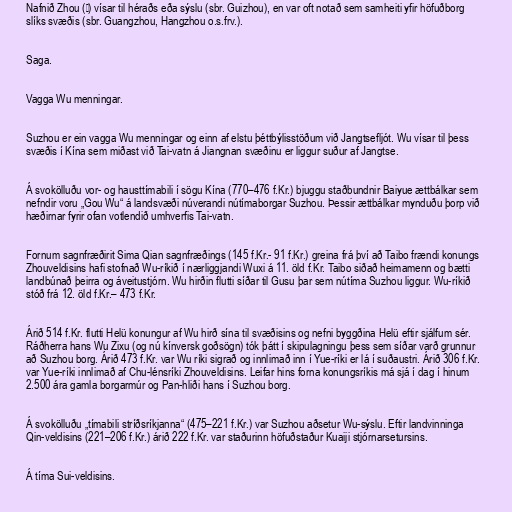
Nafnið Zhou (州) vísar til héraðs eða sýslu (sbr. Guizhou), en var oft notað sem samheiti yfir höfuðborg
slíks svæðis (sbr. Guangzhou, Hangzhou o.s.frv.).

Saga.

Vagga Wu menningar.

Suzhou er ein vagga Wu menningar og einn af elstu þéttbýlisstöðum við Jangtsefljót. Wu vísar til þess
svæðis í Kína sem miðast við Tai-vatn á Jiangnan svæðinu er liggur suður af Jangtse.

Á svokölluðu vor- og hausttímabili í sögu Kína (770–476 f.Kr.) bjuggu staðbundnir Baiyue ættbálkar sem
nefndir voru „Gou Wu“ á landsvæði núverandi nútímaborgar Suzhou. Þessir ættbálkar mynduðu þorp við
hæðirnar fyrir ofan votlendið umhverfis Tai-vatn.

Fornum sagnfræðirit Sima Qian sagnfræðings (145 f.Kr.- 91 f.Kr.) greina frá því að Taibo frændi konungs
Zhouveldisins hafi stofnað Wu-ríkið í nærliggjandi Wuxi á 11. öld f.Kr. Taibo siðað heimamenn og bætti
landbúnað þeirra og áveitustjórn. Wu hirðin flutti síðar til Gusu þar sem nútíma Suzhou liggur. Wu-ríkið
stóð frá 12. öld f.Kr.– 473 f.Kr.

Árið 514 f.Kr. flutti Helü konungur af Wu hirð sína til svæðisins og nefni byggðina Helü eftir sjálfum sér.
Ráðherra hans Wu Zixu (og nú kínversk goðsögn) tók þátt í skipulagningu þess sem síðar varð grunnur
að Suzhou borg. Árið 473 f.Kr. var Wu ríki sigrað og innlimað inn í Yue-ríki er lá í suðaustri. Árið 306 f.Kr.
var Yue-ríki innlimað af Chu-lénsríki Zhouveldisins. Leifar hins forna konungsríkis má sjá í dag í hinum
2.500 ára gamla borgarmúr og Pan-hliði hans í Suzhou borg.

Á svokölluðu „tímabili stríðsríkjanna“ (475–221 f.Kr.) var Suzhou aðsetur Wu-sýslu. Eftir landvinninga
Qin-veldisins (221–206 f.Kr.) árið 222 f.Kr. var staðurinn höfuðstaður Kuaiji stjórnarsetursins.

Á tíma Sui-veldisins.